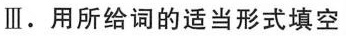
Ⅲ.用所给词的适当形式填空